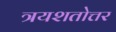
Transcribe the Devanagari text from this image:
त्रयशतोत्तर